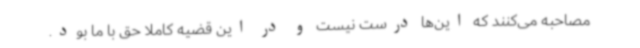
مصاحبه می‌کنند که این‌ها درست نیست و در این قضیه کاملا حق با ما بود.